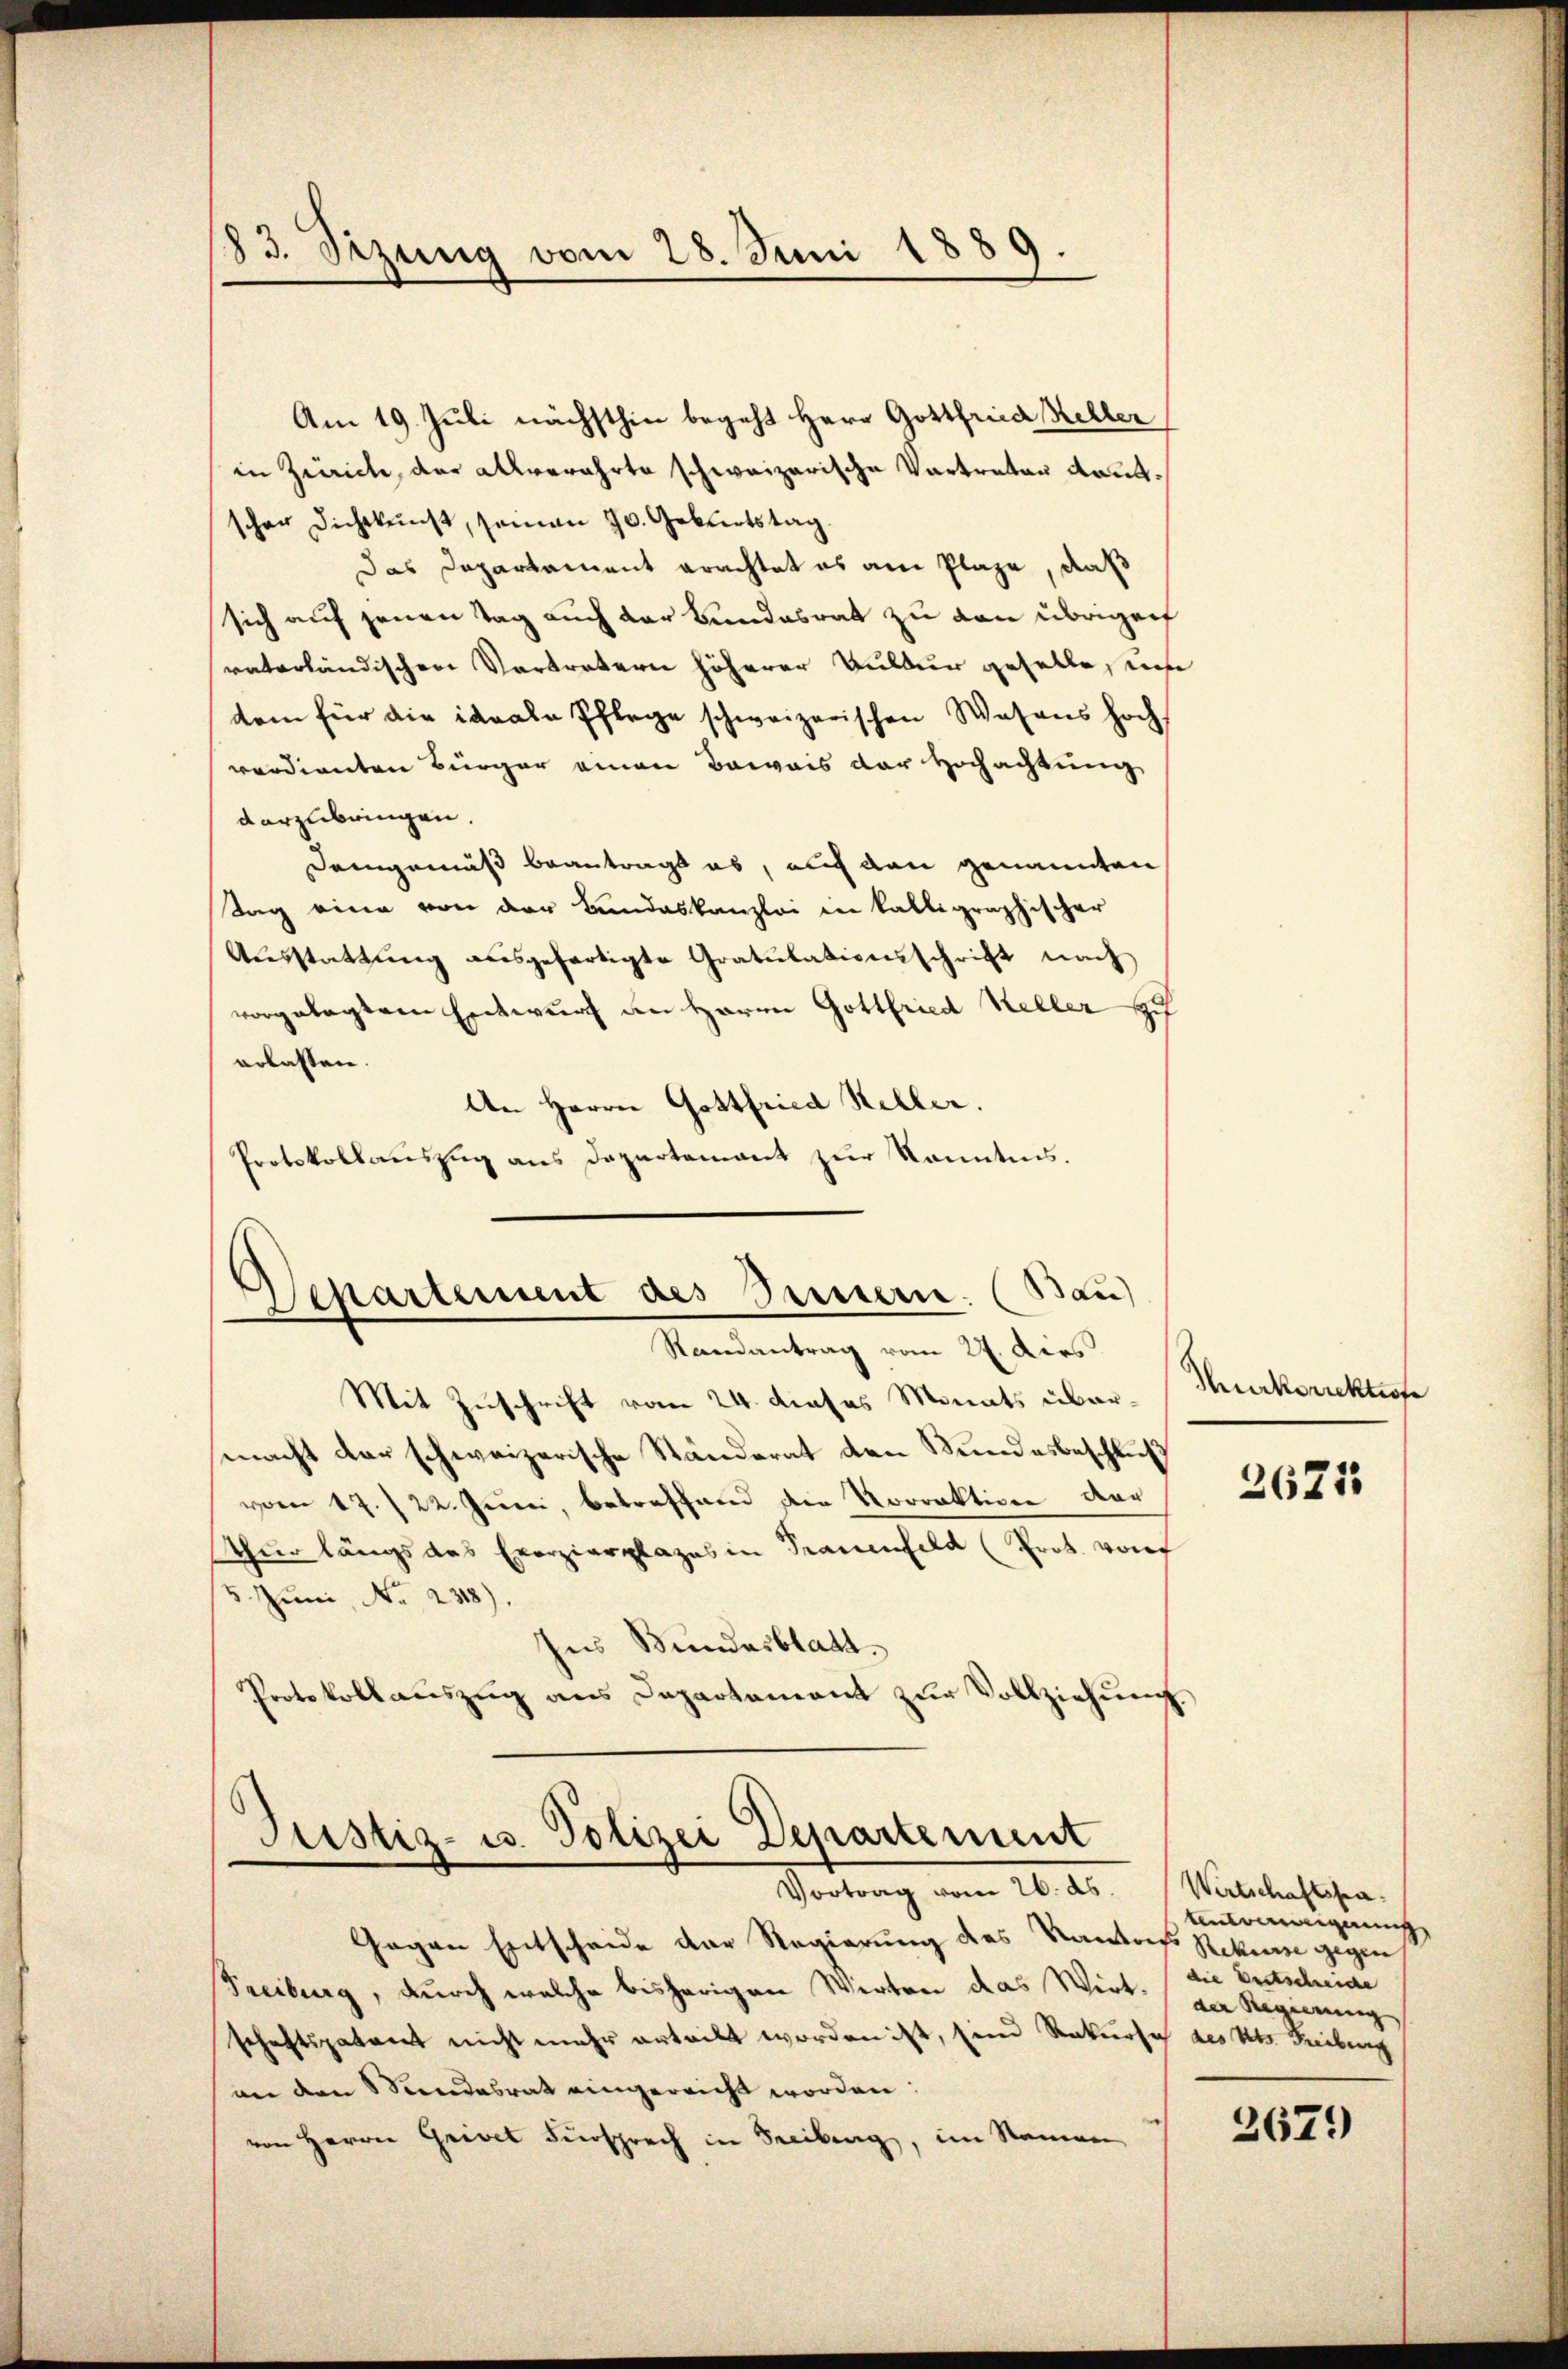
183. Sizung vom 28. Juni 1889.

Am 19. Juli nächsthin begeht Herr Gottfried Keller
in Zürich, der allverehrte schweizerische Vertreten kantscher Dichtkunst, seinen 70. Geburtstag
Das Departament erachtet es am Plaze, daß
sich auf jenen Tag auch der Bundesrat zu von übrigen
raterländischen Vertretern höherer Kultur geselle, un
dem für die ideale Pflege schweizerischen Wesens hoch
verdienten Bürger einen Beweis der Hochachtung
darzubringen.
Demgemäß beantragt ab, auch den genannten
Tag eine von der Bundeskanzlei in kalligraphischer
Ausstattung ausgefertigte Gratulationsschrift nach
vorgelegtem Entwurf an Herrn Gottfried Keller H
erlassen.
An Herrn Gottfried Keller.
Protokollauszug aus Departement zur Kenntnis.

Mit Zuschrift vom 24. dieses Monats übermacht der schweizerische Ständerat den Bundesbeschluß
vom 17./22. Juni, betreffend die Vorraktion der
thur längs das Exerzierplazes in Trauenfeld (Prot. von
5 Juni, No 238).
ses Bundesblatt.
Protokollauszug aus Departement zur Vollziehung.

Separtement des Innern. (Bau)
Randantrag vom 27. dies

Justiz- u. Polizei Departement
Vortrag vom 26. ds.

Gegen Entscheide der Regierung des Kantons Rekurse gegen
Freiburg, durch welche bisherigen Wirten das Wirt-
schaftspatent nicht mehr erteilt worden ist, sein Rekurse des Kts. Freibung
von den Seendesrat eingereicht worden:
von Herrn Gries Fürsprech in Freiburg, im Namen

Thurkorrektiofe

2671

Wirtschaftspatenverweigerung
die Bertschreide
der Regierung

2679